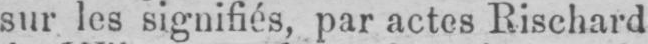
sur les signifiés, par actes Rischard